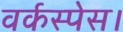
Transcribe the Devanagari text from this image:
वर्कस्पेस।